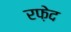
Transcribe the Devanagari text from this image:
रफ़ेद